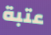
عتبة